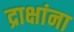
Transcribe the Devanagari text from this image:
द्राक्षांना